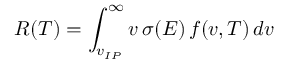
R ( T ) = \int _ { v _ { I P } } ^ { \infty } v \, \sigma ( E ) \, f ( v , T ) \, d v